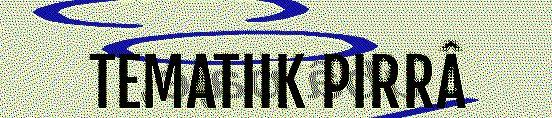
TEMATIIK PIRRÂ